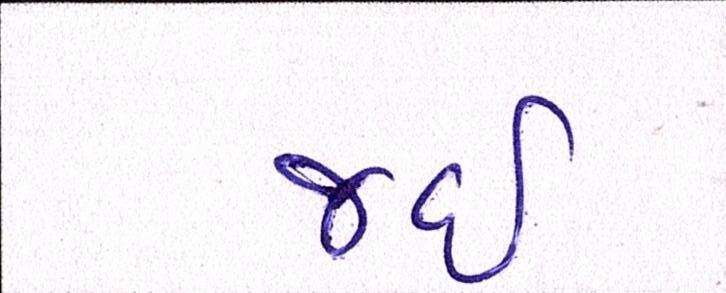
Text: જઈ